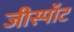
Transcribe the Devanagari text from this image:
जीस्पॉट